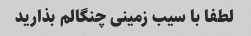
لطفا با سیب زمینی چنگالم بذارید